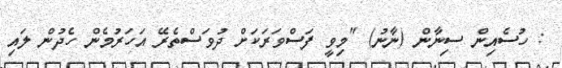
: ހުސެއިން ސިނާން (ނާނު) "މިވީ ފަސްވަރަކަށް ދުވަސްތެރޭ އަަހަރުމެން ހެދުން ލައި